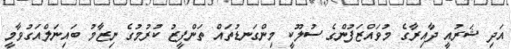
އަދި ޝަރުއީ ދާއިރާގެ މުވައްޒަފުންގެ ސުލޫކީ މިންގަނޑުތައް ތަންފީޒު ކުރުމުގެ ނިޒާމު ބައިނަލްއަގުވާމީ